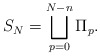
\begin{align*} S_N=\bigsqcup_{p=0}^{N-n}\Pi_p.\end{align*}